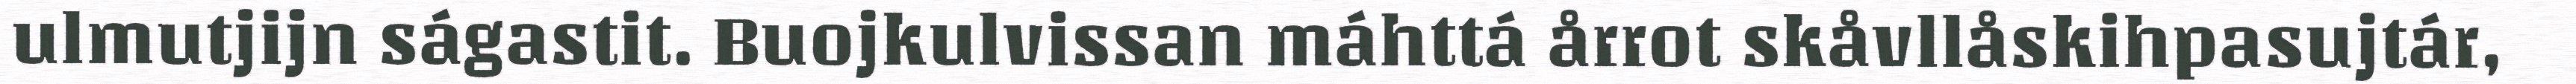
ulmutjijn ságastit. Buojkulvissan máhttá årrot skåvllåskihpasujtár,